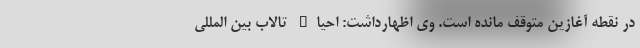
در نقطه آغازین متوقف مانده است. وی اظهارداشت: احیاء تالاب بین المللی